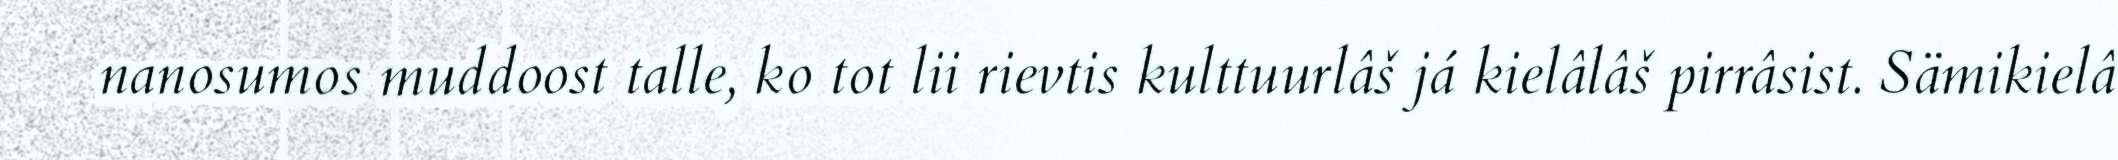
nanosumos muddoost talle, ko tot lii rievtis kulttuurlâš já kielâlâš pirrâsist. Sämikielâ